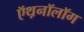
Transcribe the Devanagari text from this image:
ऍथ़नॉलॉग